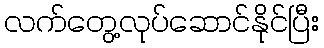
လက်တွေ့လုပ်ဆောင်နိုင်ပြီး